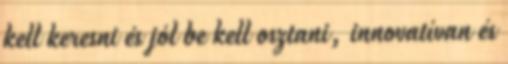
kell keresni és jól be kell osztani, innovatívan és